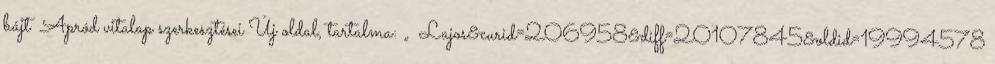
bájt ‎Apród vitalap szerkesztései Új oldal, tartalma: „ Lajos&curid=206958&diff=20107845&oldid=19994578